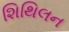
શિથિલન